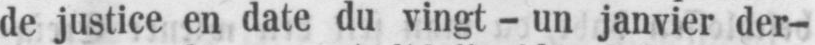
de justice en date du vingt - un janvier der-